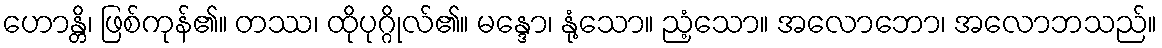
ဟောန္တိ၊ ဖြစ်ကုန်၏။ တဿ၊ ထိုပုဂ္ဂိုလ်၏။ မန္ဒော၊ နုံ့သော။ ညံ့သော။ အလောဘော၊ အလောဘသည်။